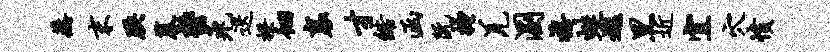
蒸末腆暮郁兔迭揆徊襄才皓函阮搔羌溷禧蛙逃黑近宜穴愤